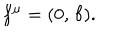
f ^ { \mu } = ( 0 , \, { \bf f } ) .